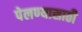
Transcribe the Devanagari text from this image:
पेलण्‍यासाठी